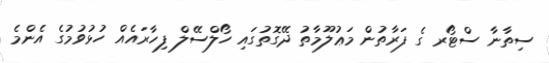
ސިތާނާ ސްޓޯރ ގެ ފަރާތުން މަޢުލޫމާތު ދޭގޮތުގައި ހޯލްސޭލް ފިހާރައެއް ހުޅުވުމުގެ އެންމެ